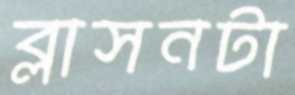
ব্লাসনটা